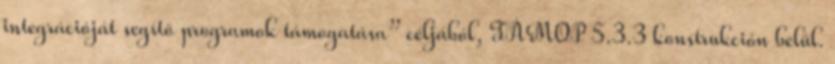
integrációját segítő programok támogatása” céljából, TÁMOP 5.3.3 konstrukción belül.